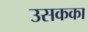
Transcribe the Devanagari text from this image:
उसकका